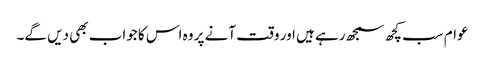
عوام سب کچھ سمجھ رہے ہیں اور وقت آنے پر وہ اس کا جواب بھی دیں گے۔